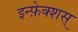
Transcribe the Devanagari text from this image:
इन्फ़ेक्शस्